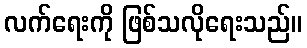
လက်ရေးကို ဖြစ်သလိုရေးသည်။